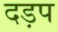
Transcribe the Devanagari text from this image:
दड़प